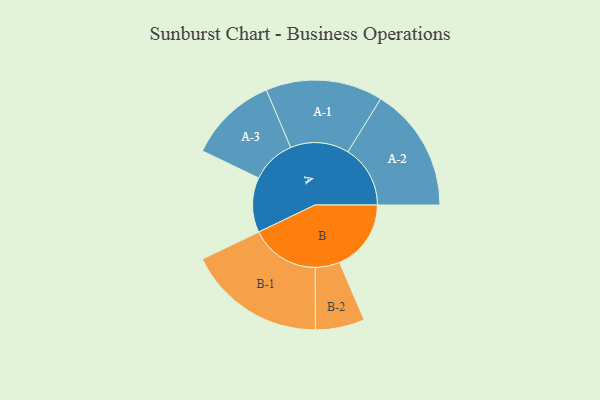
{"axis": {"x": "Segment", "y": "Value"}, "legend": ["", "A", "B"], "data": [{"x": "A", "y": 228, "type": ""}, {"x": "B", "y": 297, "type": ""}, {"x": "A-1", "y": 243, "type": "A"}, {"x": "A-2", "y": 259, "type": "A"}, {"x": "A-3", "y": 184, "type": "A"}, {"x": "B-1", "y": 287, "type": "B"}, {"x": "B-2", "y": 102, "type": "B"}]}